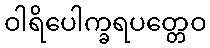
ဝါရိပေါက္ခရပတ္တေဝ